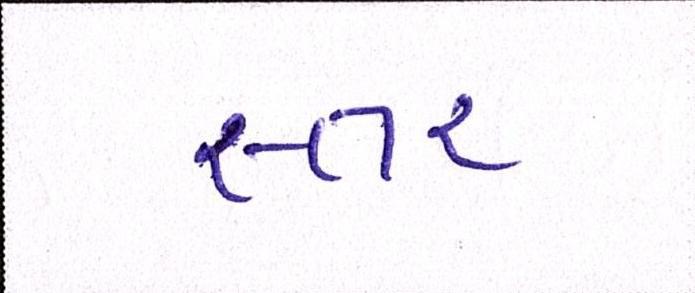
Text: સ્તર